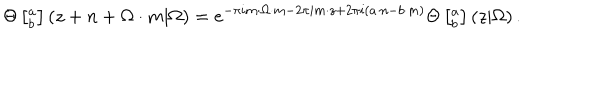
LaTeX: \Theta \left[ ^ a _ { b } \right] \left( z + n + \Omega \cdot m | \Omega \right) = e ^ { - \pi i m \cdot \Omega \cdot m - 2 \pi i m \cdot z + 2 \pi i ( a \cdot n - b \cdot m ) } \Theta \left[ ^ a _ { b } \right] \left( z | \Omega \right) .